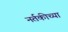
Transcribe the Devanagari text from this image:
नर्तकीच्या